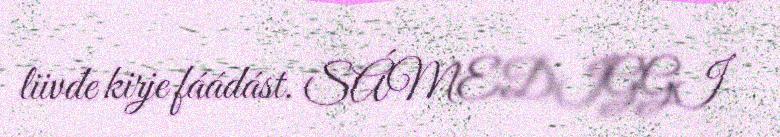
liivđe kirje fáádást. SÁMEDIGGI